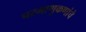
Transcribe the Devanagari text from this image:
परमाणुकणांचे